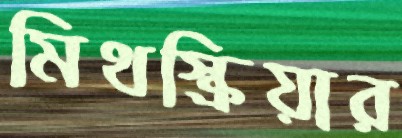
মিথস্ক্রিয়ার